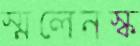
স্মলেনস্ক